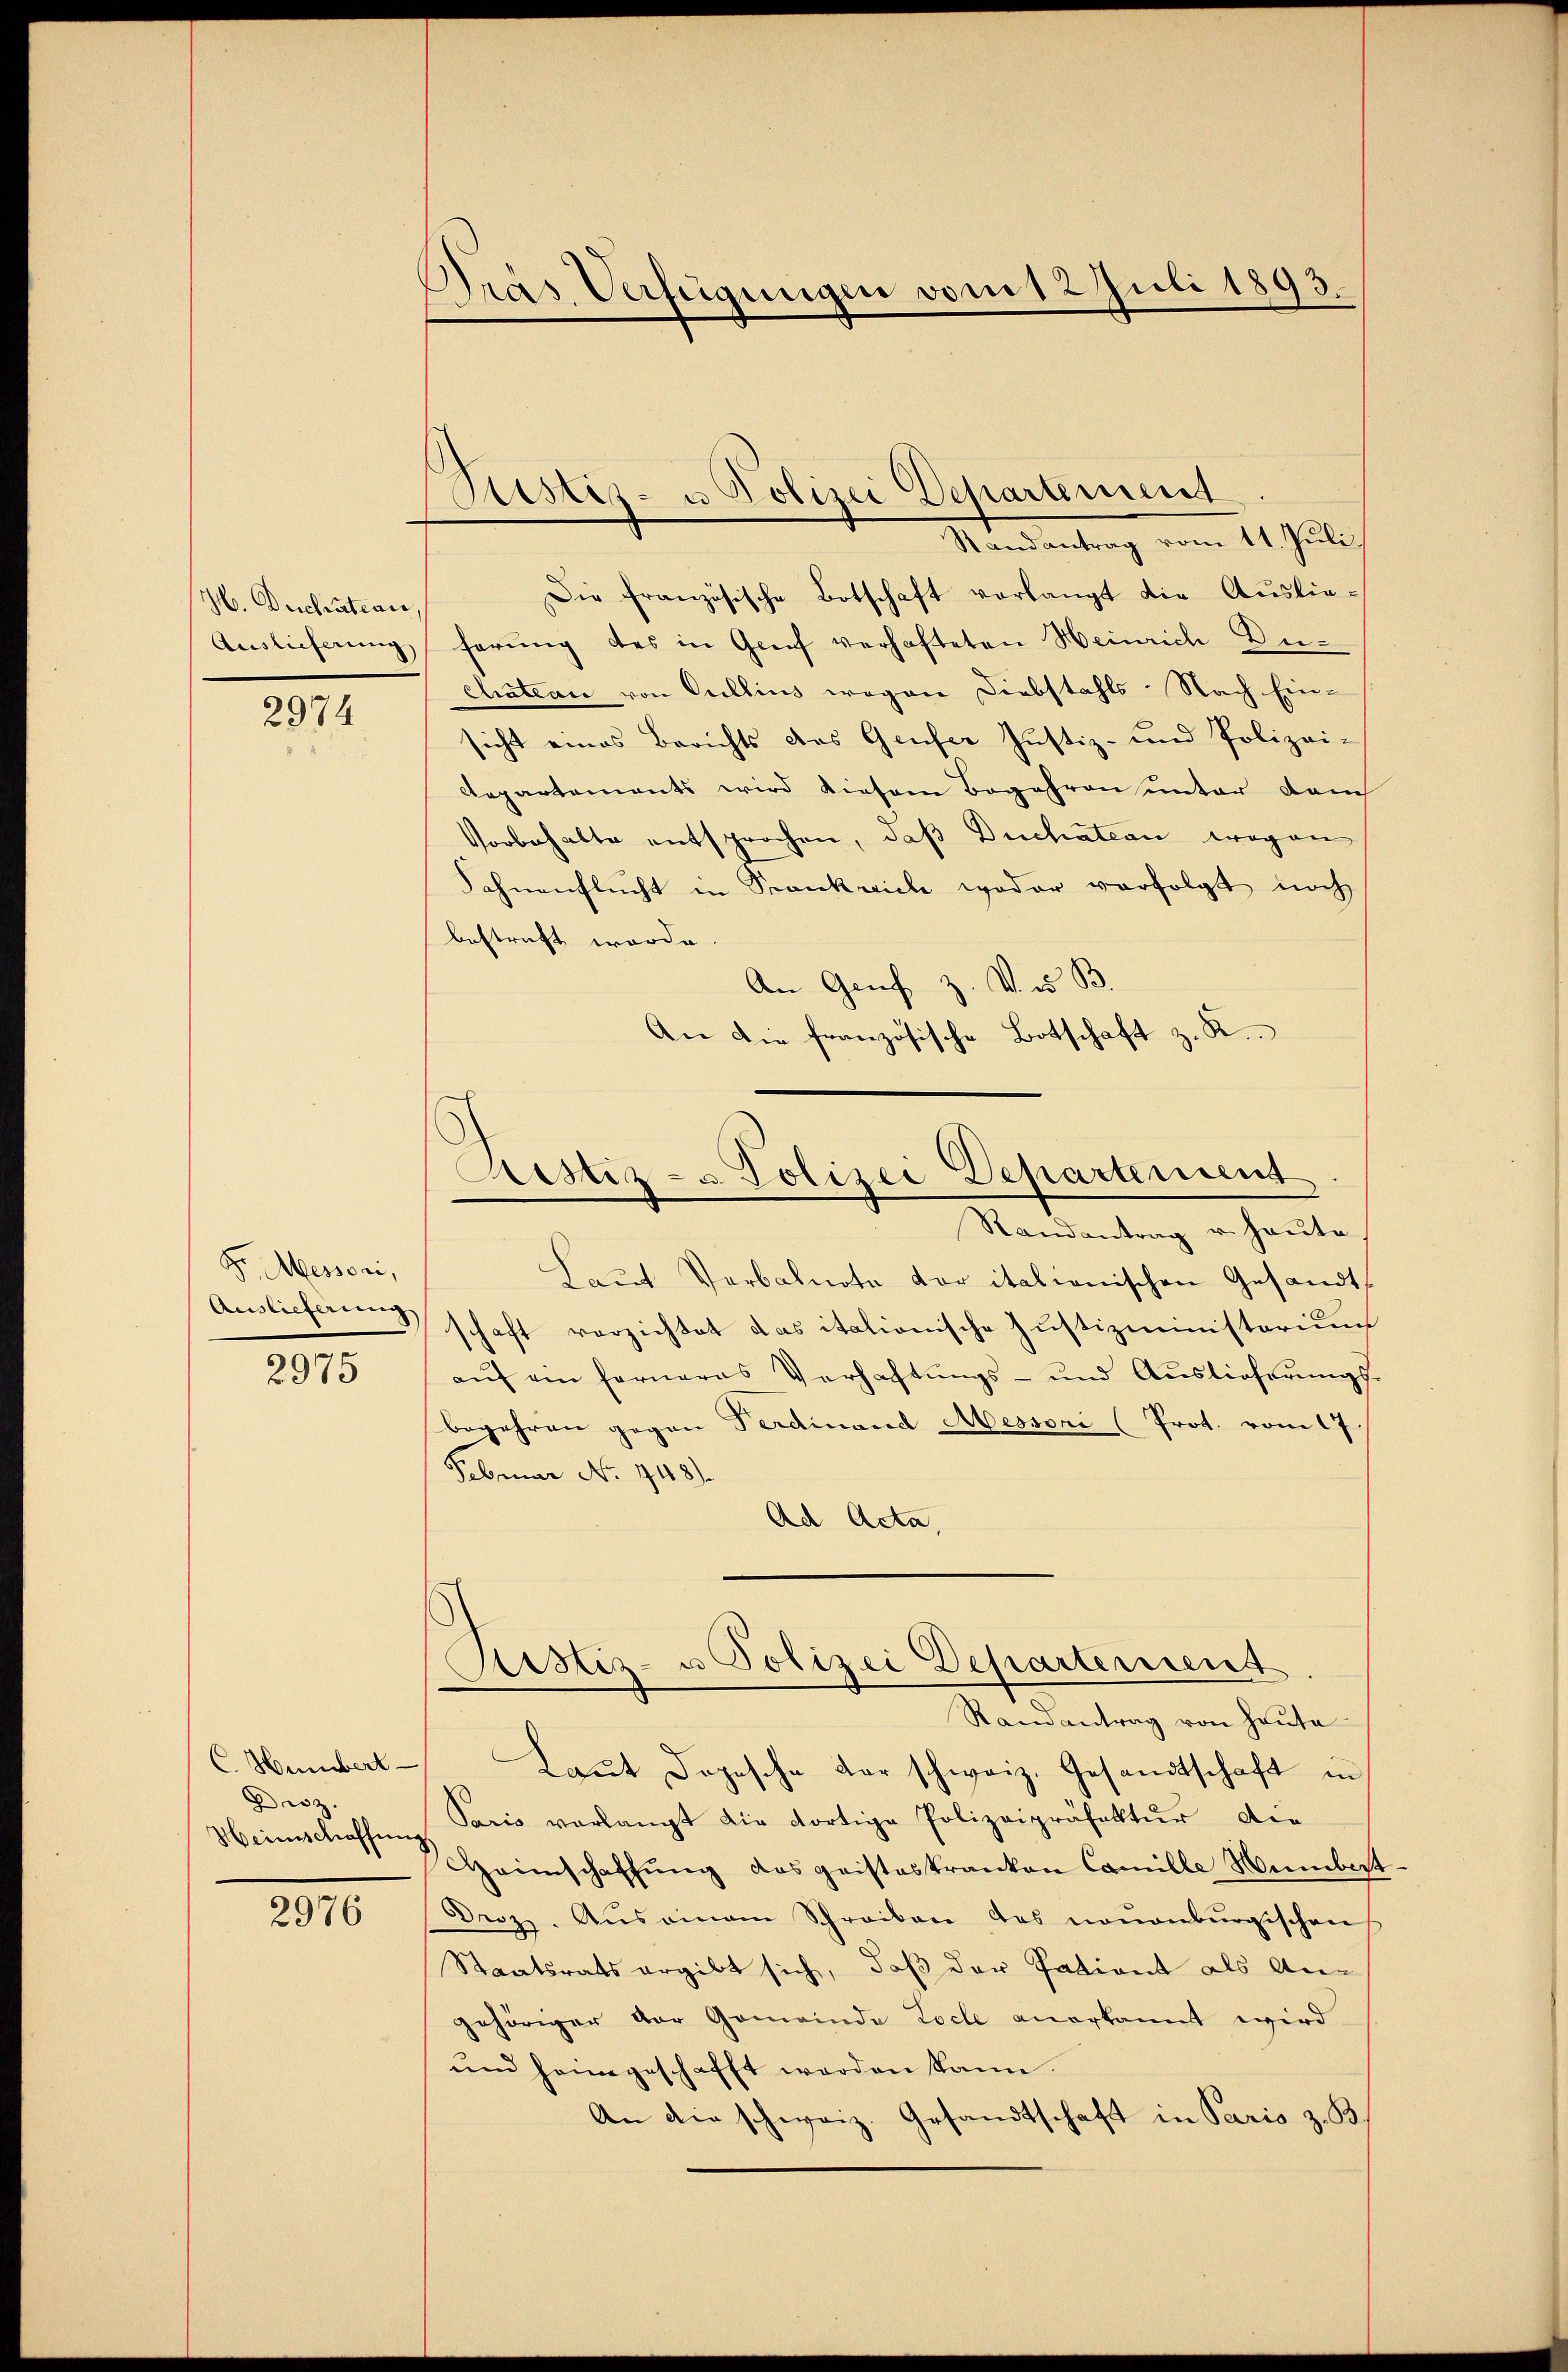
H. Ducratian,
Auslieferung

2974

Fr. Messori,
Auslieferung

2975

C. Humbert
Disz.
Heimschaffen

2976

Dräs. Verfügungen vom 12. Juli 1893.

Ristis- u Polizei Departement

Randantrag vom 11. Juli.
Die französische Botschaft verlangt die Aŭslie-
ferung des in Greif verhafteten Heinrich Duchatean von Gullius wegen Diebstahls-Nach Ein-
sicht eines Berichts das Genfer Justiz- und Polizei-
Repartements wird diesem Begehren unter dem
Vorbehalte entsprochen, daß Duchation wegen
Sahnenflucht in Frankreich weder verfolgt noch
bestraft worde
An Genf z. V. B.
An die französische Botschaft z. R.
Laŭt Verbalnote der italienischen Gesandt
schaft verzichtet das italionische Justizministerium
auf ein ferneres Verhaftungs- und Auslieferungsbegehren gegen Ferdinand Messori (Prot. vom 17.
Februar No. 448).
Ad Acta,
Astiz- u Polizei Departement
Randantrag von Haute
Laut Dopische der schweiz. Gesandtschaft in
Sacis verlangt die dortige Polizeipräfektur die
Heimschaffung das geisteskranken Camille Numbest
Droz. Auseinem Schreiben des neuenburgischen
Staatsrats ergibt sich, daß der Patient als An-
gehöriger der Gemeinde Loche anerkannt wird
und heimgeschafft werden kann.
An die schweiz. Gesandtschaft in Paris z. B.

Ristiz- & Polizei Departement
Randantrag u. heute.